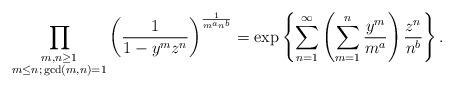
LaTeX: \begin{align*} \prod_{\substack{m,n \geq 1 \\ m \leq n ; \, \gcd(m,n)=1}} \left( \frac{1}{1- y^m z^n} \right)^{\frac{1}{m^a n^b}} = \exp\left\{\sum_{n=1}^{\infty} \left( \sum_{m=1}^{n} \frac{y^m}{m^a} \right) \frac{z^n}{n^b} \right\}. \end{align*}